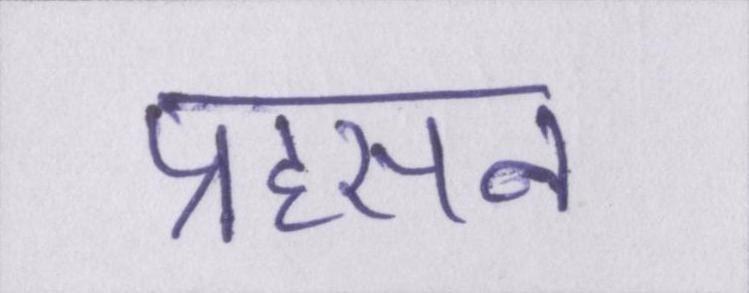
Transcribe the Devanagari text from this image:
प्रहसन